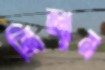
নিজ্ঝুম